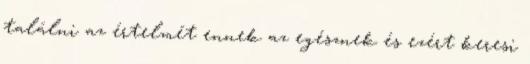
találni az értelmét ennek az egésznek és ezért keresi